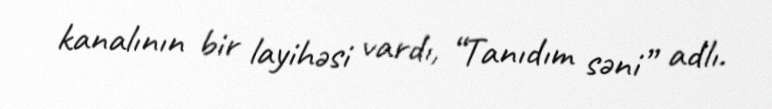
kanalının bir layihəsi vardı, “Tanıdım səni” adlı.